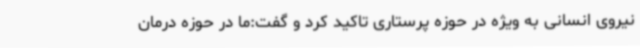
نیروی انسانی به ویژه در حوزه پرستاری تاکید کرد و گفت:ما در حوزه درمان